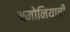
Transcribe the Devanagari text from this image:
अमोनियाची